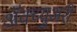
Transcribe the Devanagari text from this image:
अॅक्च्युअरी